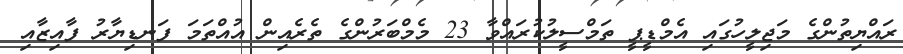
ރައްޔިތުންގެ މަޖިލީހުގައި އެމްޑީޕީ ތަމްސީލުކުރައްވާ 23 މެމްބަރުންގެ ތެރެއިން އުއްތަމަ ފަނޑިޔާރު ފާއިޒާއި